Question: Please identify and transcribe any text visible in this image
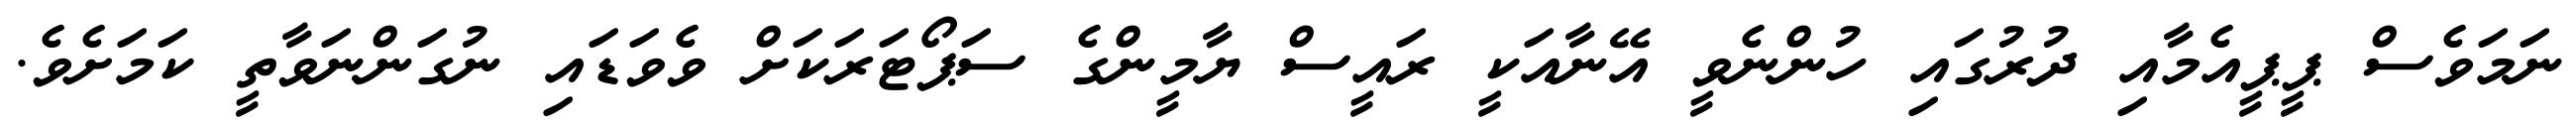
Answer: ނަމަވެސް ޕީޕީއެމާއި ދުރުގައި ހުންނެވީ އޭނާއަކީ ރައީސް ޔާމީންގެ ސަޕޯޓަރަކަށް ވެވަޑައި ނުގަންނަވާތީ ކަމަށެވެ.